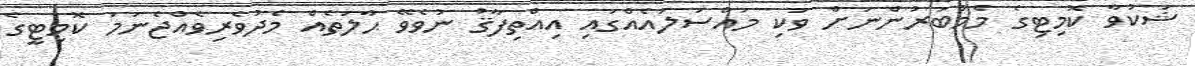
ޝަކުވާ ކޮމިޓިގެ މެމްބަރުންނަށް ވަކި މައްސަލައެއްގައި އިއްތިފާޤު ނުވެވޭ ޙާލަތެއް މެދުވެރިވެއްޖެނަމަ ކޮމިޓީގެ